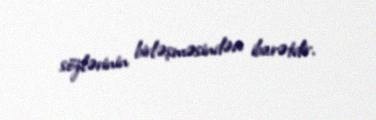
sözlərinin birləşməsindən ibarətdir.